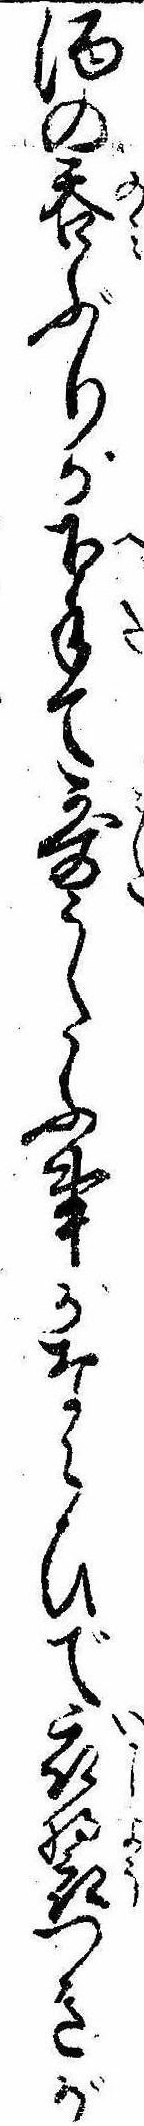
酒の呑ぶりが下手て歌うたふ事がならひで衣つきが